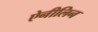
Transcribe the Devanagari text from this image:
ऐनीलिन